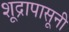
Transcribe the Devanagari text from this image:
शूद्रापासूनी